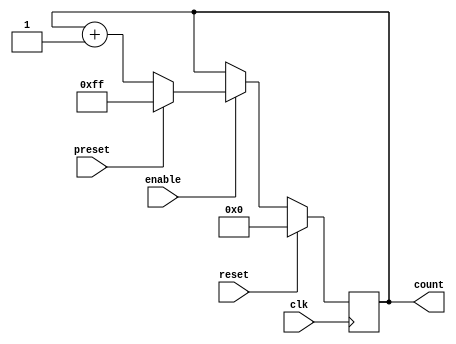
module Counter(
    input wire clk,
    input wire reset,
    input wire enable,
    input wire preset,
    output reg [7:0] count
);

always @(posedge clk) begin
    if(reset)
        count <= 8'h00;
    else if(enable) begin
        if(preset)
            count <= 8'hFF;
        else
            count <= count + 1;
    end
end

endmodule